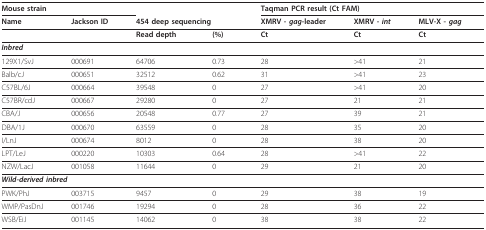
<table><thead><tr><td colspan="2"><b>Mouse strain</b></td><td></td><td></td><td colspan="3"><b>Taqman PCR result (Ct FAM)</b></td></tr><tr><td><b>Name</b></td><td><b>Jackson ID</b></td><td colspan="2"><b>454 deep sequencing</b></td><td><b>XMRV - <i>gag</i>-leader</b></td><td><b>XMRV - <i>int</i></b></td><td><b>MLV-X - <i>gag</i></b></td></tr></thead><tbody><tr><td></td><td></td><td><b>Read depth</b></td><td><b>(%)</b></td><td><b>Ct</b></td><td><b>Ct</b></td><td><b>Ct</b></td></tr><tr><td colspan="7"><b><i>Inbred</i></b></td></tr><tr><td>129X1/SvJ</td><td>000691</td><td>64706</td><td>0.73</td><td>28</td><td>&gt; 41</td><td>21</td></tr><tr><td>Balb/cJ</td><td>000651</td><td>32512</td><td>0.62</td><td>31</td><td>&gt; 41</td><td>23</td></tr><tr><td>C57BL/6J</td><td>000664</td><td>39548</td><td>0</td><td>27</td><td>&gt; 41</td><td>20</td></tr><tr><td>C57BR/cdJ</td><td>000667</td><td>29280</td><td>0</td><td>27</td><td>21</td><td>21</td></tr><tr><td>CBA/J</td><td>000656</td><td>20548</td><td>0.77</td><td>27</td><td>39</td><td>21</td></tr><tr><td>DBA/1J</td><td>000670</td><td>63559</td><td>0</td><td>28</td><td>35</td><td>20</td></tr><tr><td>I/LnJ</td><td>000674</td><td>8012</td><td>0</td><td>28</td><td>38</td><td>20</td></tr><tr><td>LPT/LeJ</td><td>000220</td><td>10303</td><td>0.64</td><td>28</td><td>&gt; 41</td><td>22</td></tr><tr><td>NZW/LacJ</td><td>001058</td><td>11644</td><td>0</td><td>29</td><td>21</td><td>20</td></tr><tr><td colspan="7"><b><i>Wild-derived inbred</i></b></td></tr><tr><td>PWK/PhJ</td><td>003715</td><td>9457</td><td>0</td><td>29</td><td>38</td><td>19</td></tr><tr><td>WMP/PasDnJ</td><td>001746</td><td>19294</td><td>0</td><td>28</td><td>36</td><td>22</td></tr><tr><td>WSB/EiJ</td><td>001145</td><td>14062</td><td>0</td><td>38</td><td>38</td><td>22</td></tr></tbody></table>